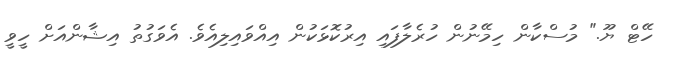
ހޭޓް ޔޫ." މުސްކާން ހިމޭނުން ހުރެލާފައި އިރުކޮޅަކުން އިއްވައިލިއެވެ. އެވަގުތު އިޝާންއަށް ހީވީ